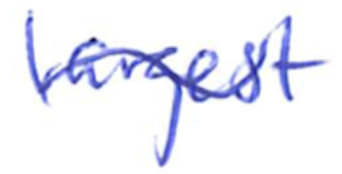
Text: largest
Cross-out: wave
Writing tool: ballpoint